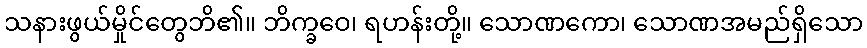
သနားဖွယ်မှိုင်တွေဘိ၏။ ဘိက္ခဝေ၊ ရဟန်းတို့။ သောဏကော၊ သောဏအမည်ရှိသော